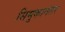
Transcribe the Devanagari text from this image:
सिमुकानंतर